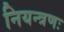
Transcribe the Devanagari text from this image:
नियन्त्रणः